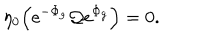
LaTeX: \eta _ { 0 } \Bigl ( \mathrm { e } ^ { - \Phi _ { g } } { \cal Q } \mathrm { e } ^ { \Phi _ { g } } \Bigr ) = 0 .